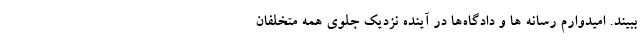
ببیند. امیدوارم رسانه ها و دادگاه‌ها در آینده نزدیک جلوی همه متخلفان